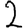
Digit: 2